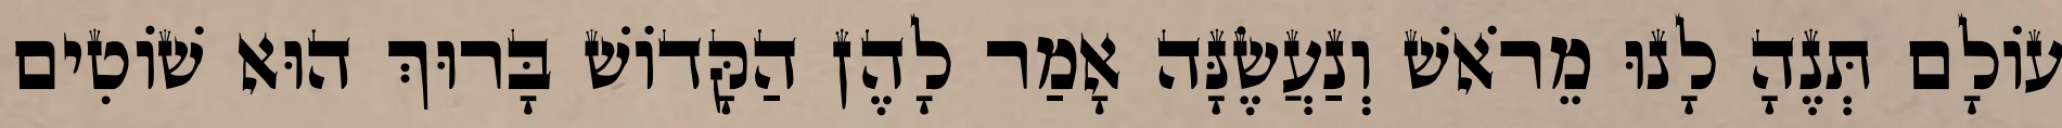
עוֹלָם תְּנֶהָ לָנוּ מֵרֹאשׁ וְנַעֲשֶׂנָּה אָמַר לָהֶן הַקָּדוֹשׁ בָּרוּךְ הוּא שׁוֹטִים